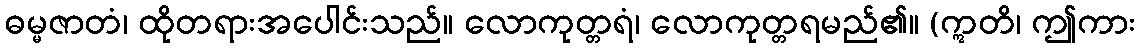
ဓမ္မဇာတံ၊ ထိုတရားအပေါင်းသည်။ လောကုတ္တရံ၊ လောကုတ္တရမည်၏။ (ဣတိ၊ ဤကား